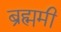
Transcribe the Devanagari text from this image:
ब्रह्ममी